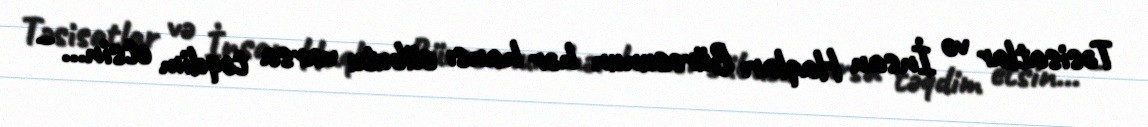
Təsisatlar və İnsan Haqları Bürosunun hər hansı sübutu varsa təqdim etsin... –